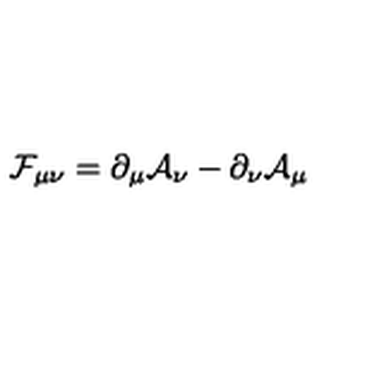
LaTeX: \mathcal { F } _ { \mu \nu } = \partial _ { \mu } \mathcal { A } _ { \nu } - \partial _ { \nu } \mathcal { A } _ { \mu }